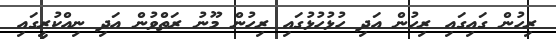
ރިހުން ގައިގައި ރިހުން އަދި ހުޅުހުޅުގައި ރިހުން މޫނު ރަތްވުން އަދި ނިއްކުރީގައި